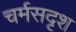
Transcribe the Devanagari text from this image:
चर्मसदृश